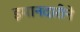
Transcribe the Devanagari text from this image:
इमानदारीने